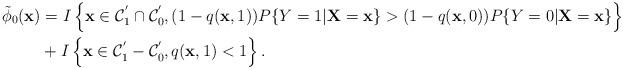
LaTeX: \begin{align*}\tilde{\phi}_{0}(\textbf{x})&= I \left\lbrace \textbf{x} \in \mathcal{C}^{'}_{1} \cap \mathcal{C}^{'}_{0}, (1-q(\textbf{x},1))P\{Y=1\vert \textbf{X} = \textbf{x}\} > (1-q(\textbf{x},0)) P\{Y=0 \vert \textbf{X} = \textbf{x}\} \right\rbrace\\&+ I \left\lbrace \textbf{x} \in \mathcal{C}^{'}_{1} - \mathcal{C}^{'}_{0}, q(\textbf{x},1) < 1\right\rbrace.\end{align*}